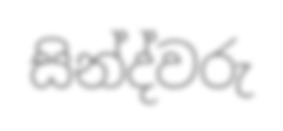
සින්ද්වරු